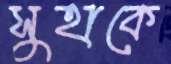
সুহাকে